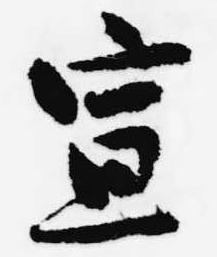
宣